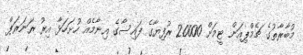
މުބާރާތުގެ ޗެމްޕިއަން ޓީމަށް 20000 ރުފިޔާގެ ފައިސާގެ އިނާމެއް ހުށަހަޅާ އިރު ރަނަރަޕް